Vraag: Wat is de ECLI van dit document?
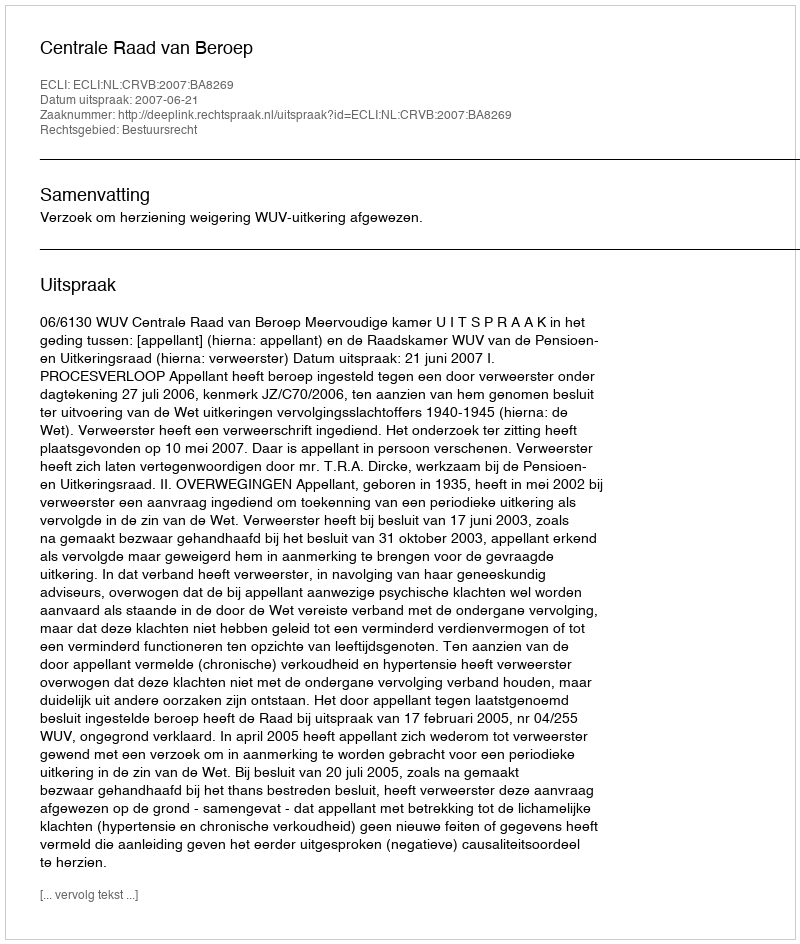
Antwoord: ECLI:NL:CRVB:2007:BA8269